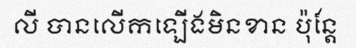
លី បានលើកឡើងមិនខាន ប៉ុន្តែ